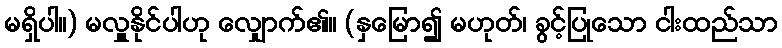
မရှိပါ။) မလှူနိုင်ပါဟု လျှောက်၏။ (နှမြော၍ မဟုတ်၊ ခွင့်ပြုသော ငါးထည်သာ